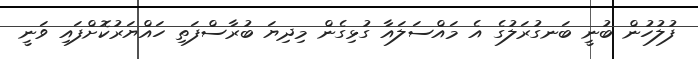
ފުލުހުން ބުނީ ބަނގުރަލުގެ އެ މައްސަލައާ ގުޅިގެން މިދިޔަ ބުރާސްފަތި ހައްޔަރުކޮށްފައި ވަނީ